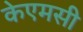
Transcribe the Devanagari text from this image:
केएमसी